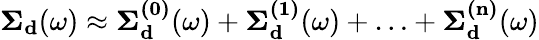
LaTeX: \begin{array}{r}{\mathbf{\Sigma_{d}}(\omega)\approx\mathbf{\Sigma_{d}^{(0)}}(\omega)+\mathbf{\Sigma_{d}^{(1)}}(\omega)+\ldots+\mathbf{\Sigma_{d}^{(n)}}(\omega)}\end{array}